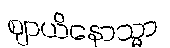
ဈာယိနောသ္မာ